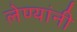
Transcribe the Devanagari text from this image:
लेण्यांनी